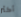
أكثر